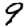
Digit: 9